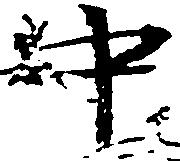
中